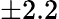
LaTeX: \pm 2.2